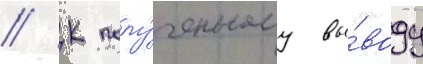
// К полу́ченному вы́воду